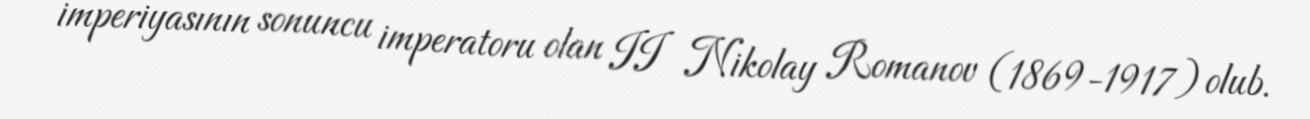
imperiyasının sonuncu imperatoru olan II Nikolay Romanov (1869-1917) olub.